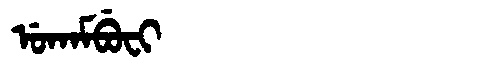
Manchu: ᡠᡴᠠᠮᠪᡠᠸᡳ
Romanization: UKAMBUFI